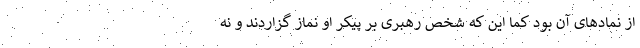
از نمادهای آن بود کما این که شخص رهبری بر پیکر او نماز گزاردند و نه